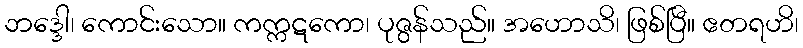
ဘဒ္ဒေါ၊ ကောင်းသော။ ကက္ကဋကော၊ ပုဇွန်သည်။ အဟောသိ၊ ဖြစ်ပြီ။ ဧတရဟိ၊